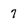
Character: 7